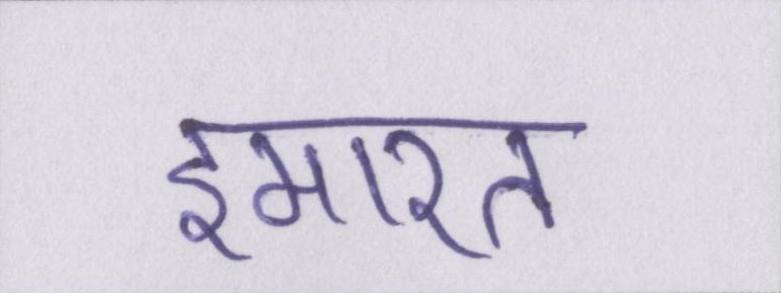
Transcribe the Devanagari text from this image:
इमारत